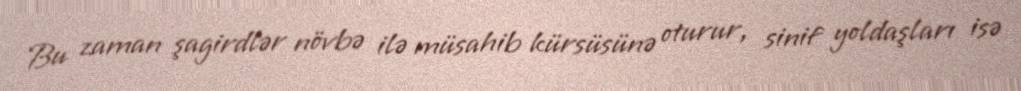
Bu zaman şagirdlər növbə ilə müsahib kürsüsünə oturur, sinif yoldaşları isə